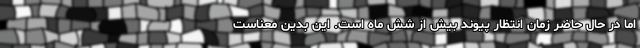
اما در حال حاضر زمان انتظار پیوند بیش از شش ماه است. این بدین معناست